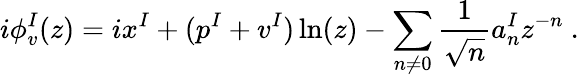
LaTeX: i\phi_{v}^{I}(z)=ix^{I}+(p^{I}+v^{I})\ln(z)-\sum_{n\not=0}{\frac{1}{\sqrt{n}}}a_{n}^{I}z^{-n}~.